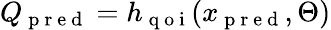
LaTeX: Q_{\mathrm{~p~r~e~d~}}=h_{\mathrm{~q~o~i~}}(x_{\mathrm{~p~r~e~d~}},\Theta)